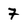
Character: 7